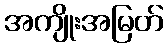
အကျိုးအမြတ်